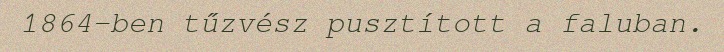
1864-ben tűzvész pusztított a faluban.